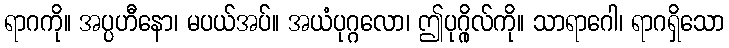
ရာဂကို။ အပ္ပဟီနော၊ မပယ်အပ်။ အယံပုဂ္ဂလော၊ ဤပုဂ္ဂိုလ်ကို။ သာရာဂေါ၊ ရာဂရှိသော